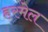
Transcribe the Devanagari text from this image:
हरमेल